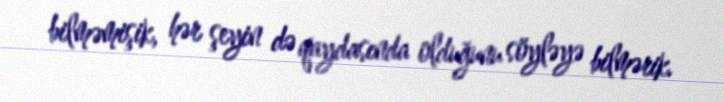
bilməmişik, hər şeyin də qaydasında olduğunu söyləyə bilmərik.